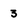
Character: 3